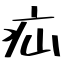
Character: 疝